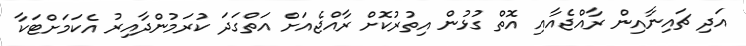
އަދި ޗައިނާއިން ރާއްޖެއާއި އޮތް ގުޅުން އިތުރުކޮށް ރާއްޖެއަށް އަތްގަދަ ކުރަމުންދާއިރު އެކަމަށްޓަކާ